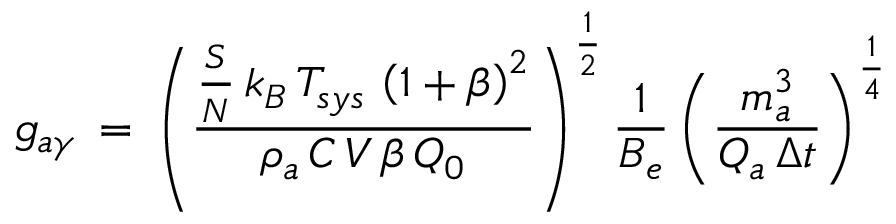
g _ { a \gamma } \, = \, \left( \frac { \frac { S } { N } \, k _ { B } \, T _ { s y s } \, \left( 1 + \beta \right) ^ { 2 } } { \rho _ { a } \, C \, V \, \beta \, Q _ { 0 } } \right) ^ { \frac { 1 } { 2 } } \frac { 1 } { B _ { e } } \left( \frac { m _ { a } ^ { 3 } } { Q _ { a } \, \Delta t } \right) ^ { \frac { 1 } { 4 } }